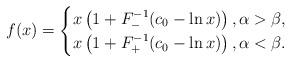
LaTeX: \begin{align*} f(x) = \begin{cases} x\left(1 + F^{-1}_-(c_0 - \ln x) \right), \alpha > \beta, \\x\left(1 + F^{-1}_+(c_0 - \ln x) \right), \alpha < \beta. \end{cases}\end{align*}